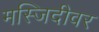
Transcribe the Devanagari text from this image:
मस्जिदीवर